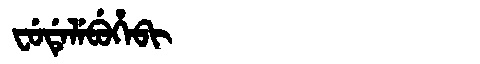
Manchu: ᠸᡠᡩᡝᠯᡝᠪᡠᡥᡝᠪᡳ
Romanization: FUDELEBUHEBI